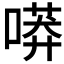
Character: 𠻵